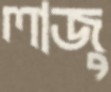
লাজু